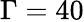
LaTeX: \Gamma=40